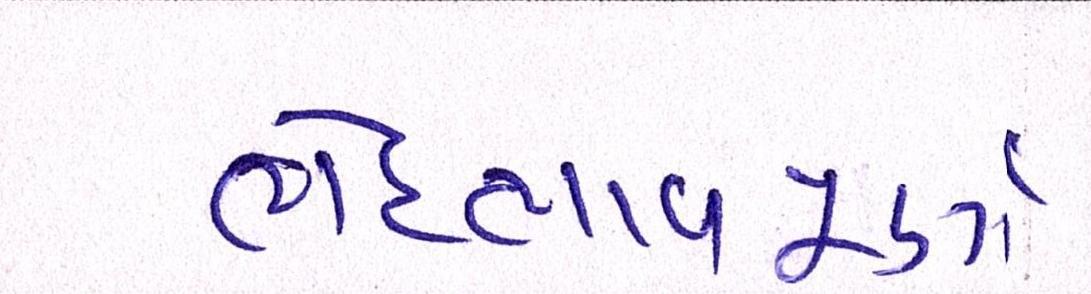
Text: ભેદભાવપૂર્ણ